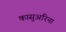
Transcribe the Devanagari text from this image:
कासुअरिना